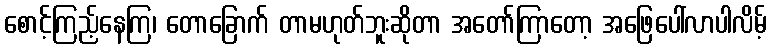
စောင့်ကြည့်နေကြ၊ တောခြောက် တာမဟုတ်ဘူးဆိုတာ အတော်ကြာတော့ အဖြေပေါ်လာပါလိမ့်